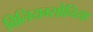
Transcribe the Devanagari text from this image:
विलियम्सोनिया